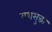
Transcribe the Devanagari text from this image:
यशसुद्धा